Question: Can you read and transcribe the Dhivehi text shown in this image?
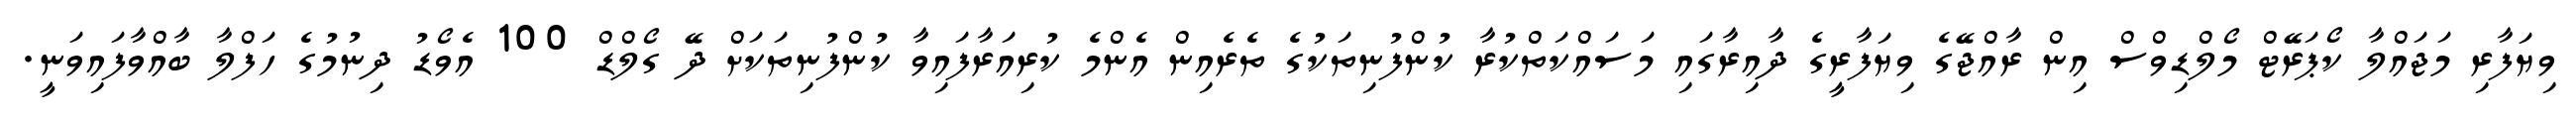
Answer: ވިޔަފާރި މަޖައްލާ ކޯޕަރޭޓް މޯލްޑިވްސް އިން ރާއްޖޭގެ ވިޔަފާރީގެ ދާއިރާގައި މަސައްކަތްކުރާ ކުންފުނިތަކުގެ ތެރެއިން އެންމެ ކުރިއަރާފައިވާ ކުންފުނިތަކަށް ދޭ ގޯލްޑް 100 އެވޯޑު ދިނުމުގެ ހަފްލާ ބާއްވާފައިވަނީ.